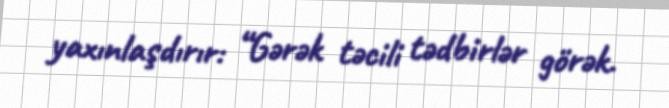
yaxınlaşdırır: “Gərək təcili tədbirlər görək.